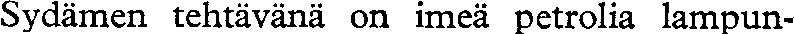
Sydämen tehtävänä on imeä petrolia lampun-